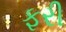
ફરી